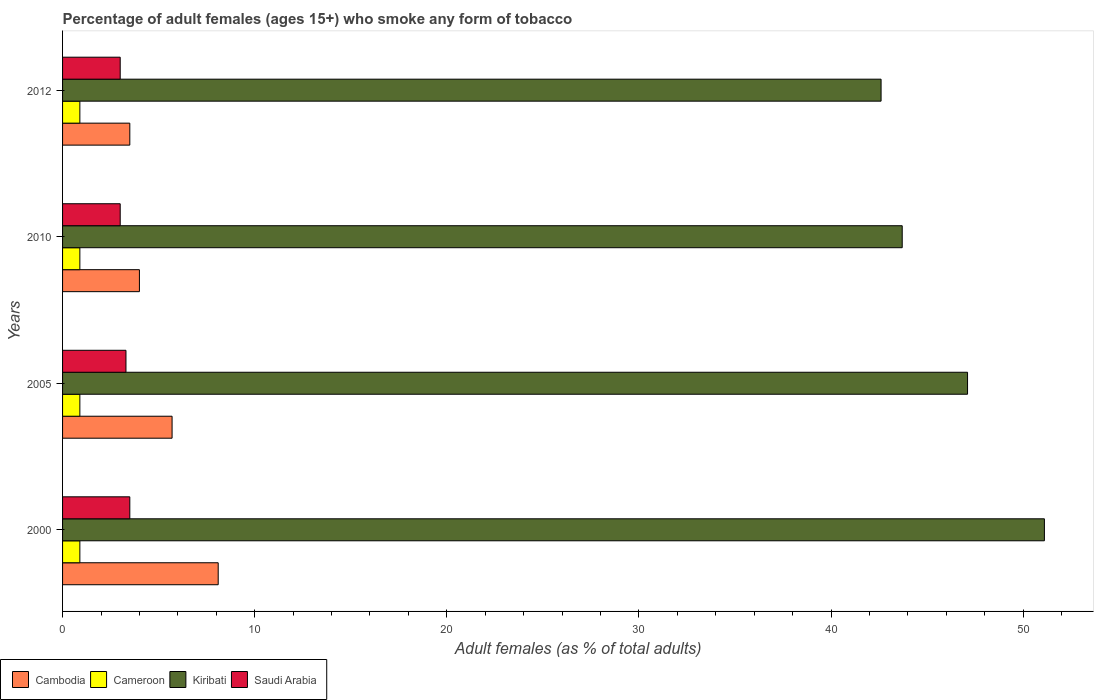
| Years | Cambodia | Cameroon | Kiribati | Saudi Arabia |
 | --- | --- | --- | --- | --- |
 | 2000 | 8.1 | 0.9 | 51.1 | 3.5 |
 | 2005 | 5.7 | 0.9 | 47.1 | 3.3 |
 | 2010 | 4 | 0.9 | 43.7 | 3 |
 | 2012 | 3.5 | 0.9 | 42.6 | 3 |